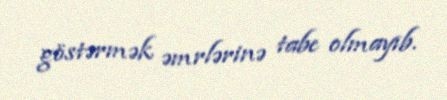
göstərmək əmrlərinə tabe olmayıb.